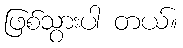
ဖြစ်သွားပါ တယ်။